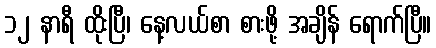
၁၂ နာရီ ထိုးပြီ၊ နေ့လယ်စာ စားဖို့ အချိန် ရောက်ပြီ။